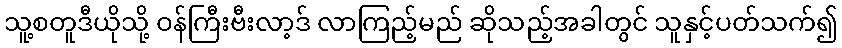
သူ့စတူဒီယိုသို့ ဝန်ကြီးဗီးလာ့ဒ် လာကြည့်မည် ဆိုသည့်အခါတွင် သူနှင့်ပတ်သက်၍